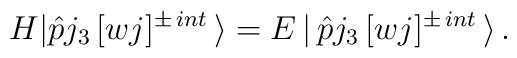
H|\hat{p}j_{3}\,[wj]^{\pm\, int}\,\rangle=E\,|\,\hat{p}j_{3}\,[wj]^{\pm\, int }\,\rangle \, .